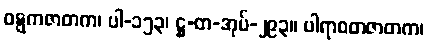
ဝဋ္ဋကဇာတက၊ ပါ-၁၅၃၊ ဋ္ဌ-တ-အုပ်-၂၉၃။ ပါရာဝတဇာတက၊